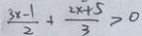
\frac { 3 x - 1 } { 2 } + \frac { 2 x + 5 } { 3 } > 0